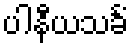
ပါနီယသင်္ခံ